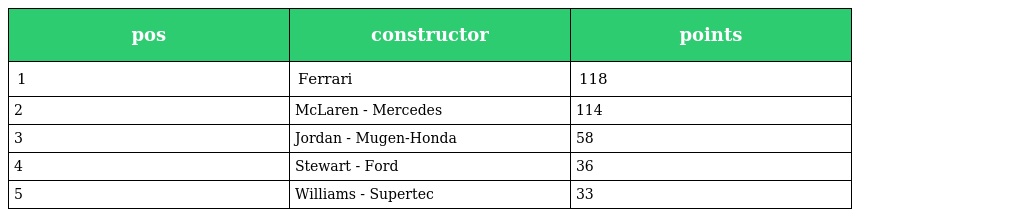
| pos | constructor | points |
 | --- | --- | --- |
 | 1 | Ferrari | 118 |
 | 2 | McLaren - Mercedes | 114 |
 | 3 | Jordan - Mugen-Honda | 58 |
 | 4 | Stewart - Ford | 36 |
 | 5 | Williams - Supertec | 33 |